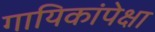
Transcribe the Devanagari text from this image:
गायिकांपेक्षा